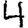
Digit: 4